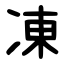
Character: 凍